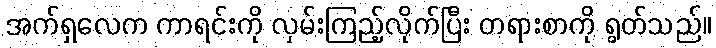
အက်ရှလေက ကာရင်းကို လှမ်းကြည့်လိုက်ပြီး တရားစာကို ရွတ်သည်။